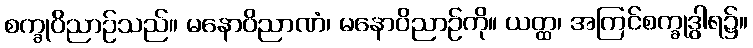
စက္ခုဝိညာဉ်သည်။ မနောဝိညာဏံ၊ မနောဝိညာဉ်ကို။ ယတ္ထ၊ အကြင်စက္ခုဒွါရ၌။